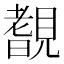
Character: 𧡺